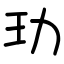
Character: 玏